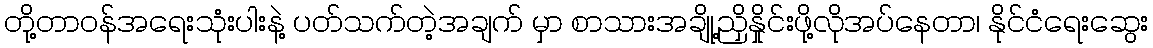
တို့တာဝန်အရေးသုံးပါးနဲ့ ပတ်သက်တဲ့အချက် မှာ စာသားအချို့ညှိနှိုင်းဖို့လိုအပ်နေတာ၊ နိုင်ငံရေးဆွေး